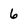
Character: 6